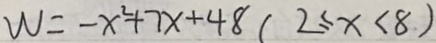
W = - x ^ { 2 } + 7 x + 4 8 ( 2 \leq x < 8 )